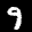
Label: 9